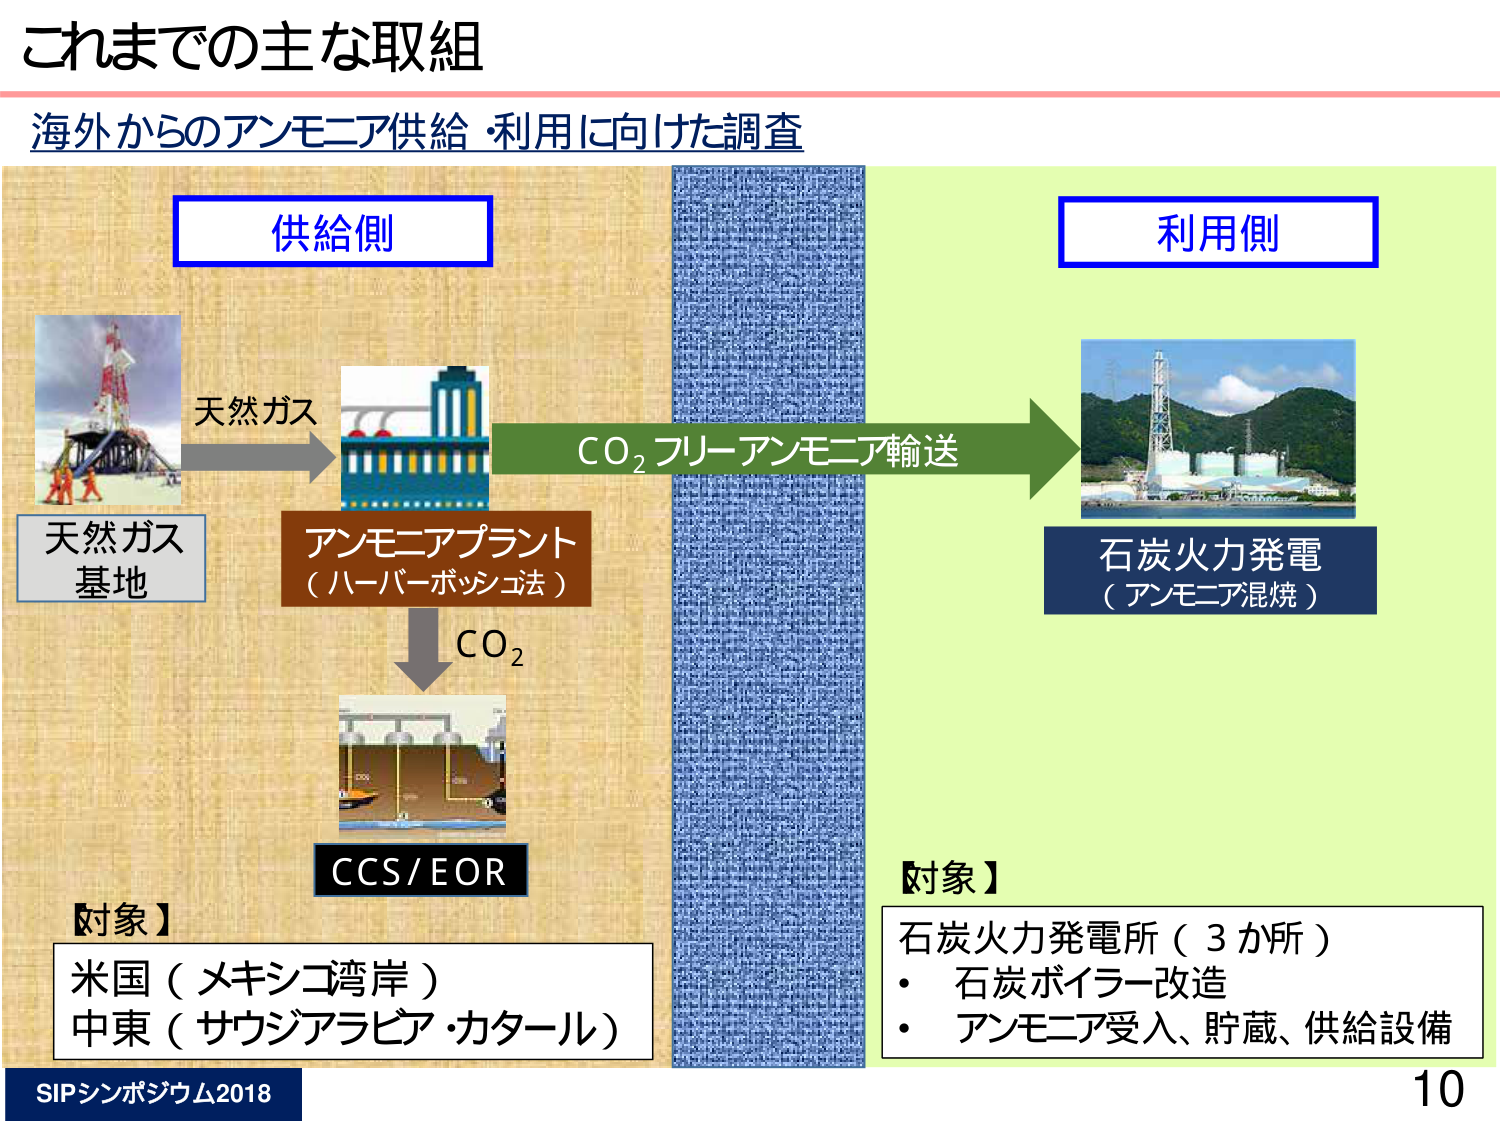
これまでの主な取組
海外からのアンモニア供給・利用に向けた調査

供給側
天然ガス
天然ガス基地
アンモニアプラント
（ハーバーボッシュ法）
CO₂
CCS/EOR

CO₂フリーアンモニア輸送

利用側
石炭火力発電
（アンモニア混焼）

【対象】
米国（メキシコ湾岸）
中東（サウジアラビア・カタール）

【対象】
石炭火力発電所（3か所）
・石炭ボイラー改造
・アンモニア受入、貯蔵、供給設備

SIPシンポジウム2018
10